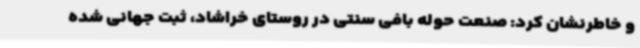
و خاطرنشان کرد: صنعت حوله بافی سنتی در روستای خراشاد، ثبت جهانی شده